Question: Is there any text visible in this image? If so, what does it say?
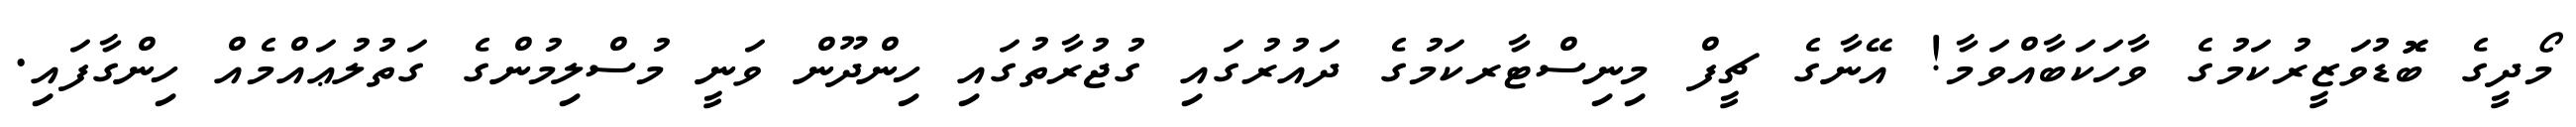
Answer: މޯދީގެ ބޮޮޑުވަޒީރުކަމުގެ ވާހަކަބާއްވަމާ! އޭނާގެ ޗީފް މިނިސްޓާރކަމުގެ ދައުރުގައި ގުޖުރާތުގައި ހިންދޫން ވަނީ މުސްލިމުންގެ ގަތުލުޢައްމެއް ހިންގާފައި.